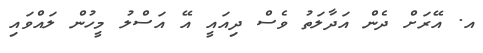
އ. އޭރަށް ދެން އަދާލަތު ވެސް ދިއައީ އޭ އަސްލު މީހުން ލައްވައި